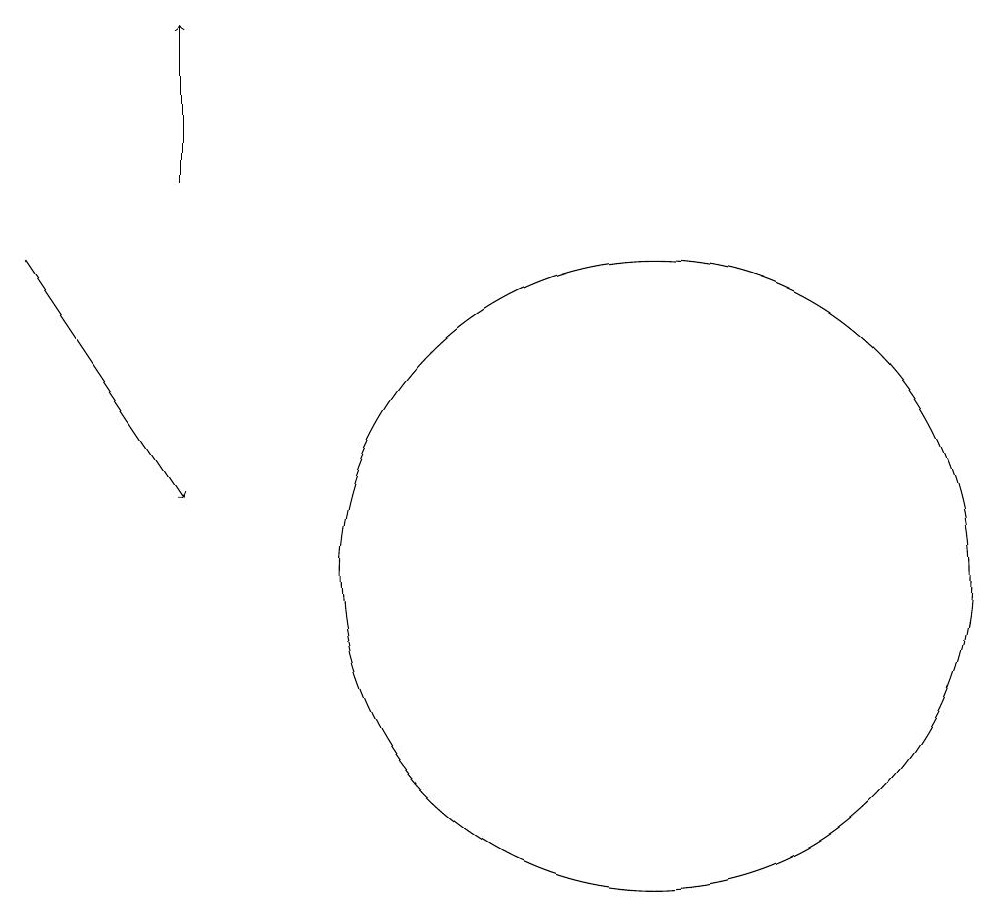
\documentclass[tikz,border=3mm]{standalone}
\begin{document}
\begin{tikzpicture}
\draw[->] (6,15) -- (6,17);
\draw (12,10) circle (4);
\draw[->] (4,14) -- (6,11);
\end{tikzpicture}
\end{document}